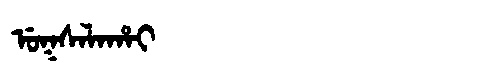
Manchu: ᡠᡴᠰᠠᠯᠠᡥᠠᡳ
Romanization: UKSALAHAI